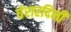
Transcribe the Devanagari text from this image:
घेरारदिनी